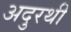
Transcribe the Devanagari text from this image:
अदुरथी